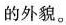
的外貌。